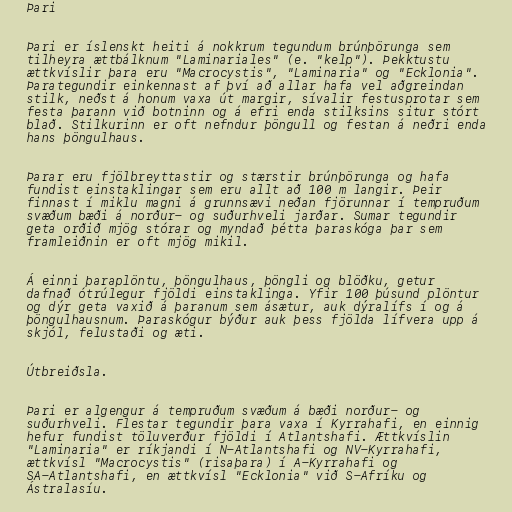
Þari

Þari er íslenskt heiti á nokkrum tegundum brúnþörunga sem
tilheyra ættbálknum "Laminariales" (e. "kelp"). Þekktustu
ættkvíslir þara eru "Macrocystis", "Laminaria" og "Ecklonia".
Þarategundir einkennast af því að allar hafa vel aðgreindan
stilk, neðst á honum vaxa út margir, sívalir festusprotar sem
festa þarann við botninn og á efri enda stilksins situr stórt
blað. Stilkurinn er oft nefndur þöngull og festan á neðri enda
hans þöngulhaus.

Þarar eru fjölbreyttastir og stærstir brúnþörunga og hafa
fundist einstaklingar sem eru allt að 100 m langir. Þeir
finnast í miklu magni á grunnsævi neðan fjörunnar í tempruðum
svæðum bæði á norður- og suðurhveli jarðar. Sumar tegundir
geta orðið mjög stórar og myndað þétta þaraskóga þar sem
framleiðnin er oft mjög mikil.

Á einni þaraplöntu, þöngulhaus, þöngli og blöðku, getur
dafnað ótrúlegur fjöldi einstaklinga. Yfir 100 þúsund plöntur
og dýr geta vaxið á þaranum sem ásætur, auk dýralífs í og á
þöngulhausnum. Þaraskógur býður auk þess fjölda lífvera upp á
skjól, felustaði og æti.

Útbreiðsla.

Þari er algengur á tempruðum svæðum á bæði norður- og
suðurhveli. Flestar tegundir þara vaxa í Kyrrahafi, en einnig
hefur fundist töluverður fjöldi í Atlantshafi. Ættkvíslin
"Laminaria" er ríkjandi í N-Atlantshafi og NV-Kyrrahafi,
ættkvísl "Macrocystis" (risaþara) í A-Kyrrahafi og
SA-Atlantshafi, en ættkvísl "Ecklonia" við S-Afríku og
Ástralasíu.